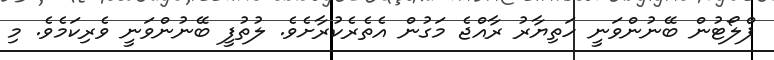
ޕްލޯޓުން ބޭނުންވަނީ ހަތިޔާރު ރާއްޖެ މަގުން އެތެރެކުރާށެވެ. ލުތުފީ ބޭނުންވަނީ ވެރިކަމެވެ. މި